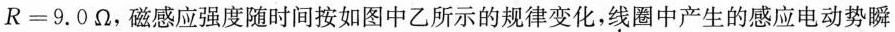
$$R = 9 . 0 Ω$$，磁感应强度随时间按如图中乙所示的规律变化，线圈中产生的感应电动势瞬